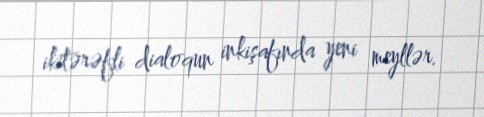
ikitərəfli dialoqun inkişafında yeni meyllər.